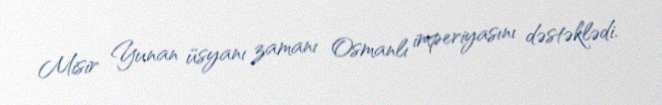
Misir Yunan üsyanı zamanı Osmanlı imperiyasını dəstəklədi.